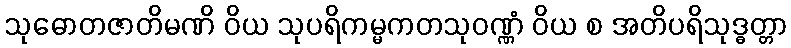
သုဓောတဇာတိမဏိ ဝိယ သုပရိကမ္မကတသုဝဏ္ဏံ ဝိယ စ အတိပရိသုဒ္ဓတ္တာ